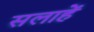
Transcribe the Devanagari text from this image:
सलाहें